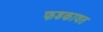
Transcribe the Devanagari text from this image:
फडकावत